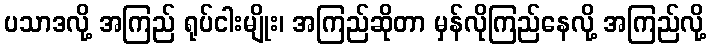
ပသာဒလို့ အကြည် ရုပ်ငါးမျိုး၊ အကြည်ဆိုတာ မှန်လိုကြည်နေလို့ အကြည်လို့